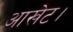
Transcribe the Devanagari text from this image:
आखेट।